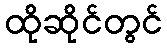
ထိုဆိုင်တွင်